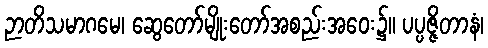
ဉာတိသမာဂမေ၊ ဆွေတော်မျိုးတော်အစည်းအဝေး၌။ ပပ္ပဇ္ဇိတာနံ၊